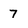
Character: 7